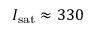
I _ { \mathrm { s a t } } \approx 3 3 0